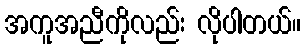
အကူအညီကိုလည်း လိုပါတယ်။